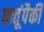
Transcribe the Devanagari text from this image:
धातूंपैकी